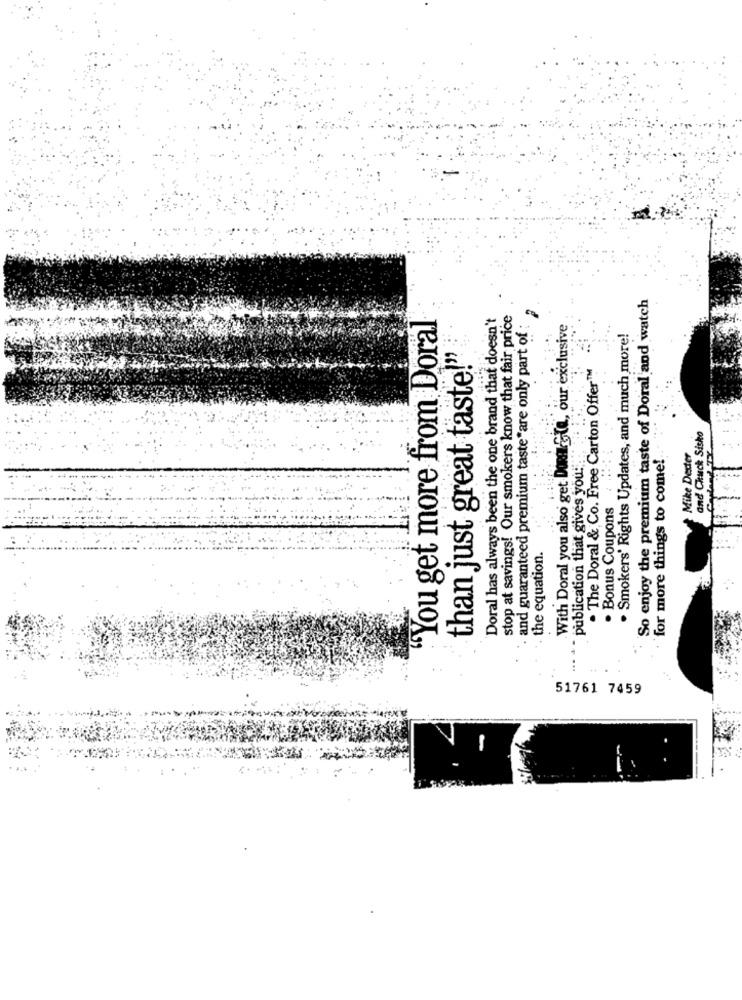
So enjoy the premium taste of Doral and watch
· and guaranteed premium taste "are only part of ; .
"You get more from Doral
Doral has always been the one brand that doesn't
stop at savings! Our smokers know that fair price
With Doral you also get Done-Ste, our exclusive
. Smokers' Rights Updates, and much more!
than just great taste!"
. The Doral & Co. Free Carton Offer™
and Chuck Sisko
Mike Dexter
for more things to come!
publication that gives you:
. Bonus Coupons
the equation.
51761 7459